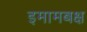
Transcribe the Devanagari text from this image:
इमामबक्ष